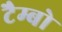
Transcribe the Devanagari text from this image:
टैम्बो